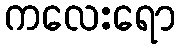
ကလေးရော